Vaccination in Bombay 1889-1901 - 1889-1901
Year: 1889
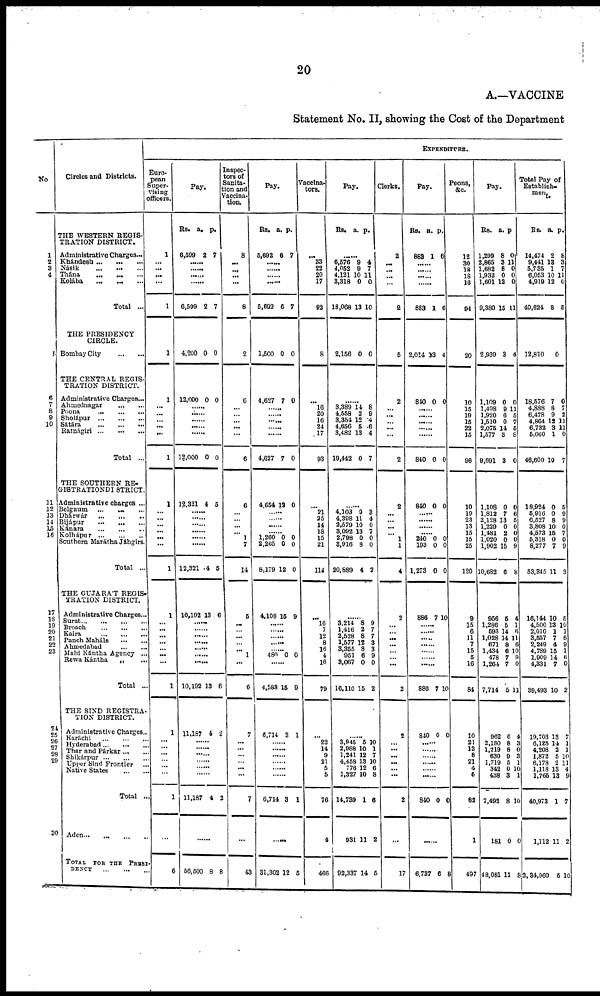
20
A.—VACCINE
Statement No. II, showing the Cost of the Department
No
1
2
3
4
F.
6
7
8
9
10
11
12
13
14
15
16
17
18
10
20
21
22
23
24
25
26
27
28
29
30
Circles and Districts.
THE WESTERN REGIS-
TRATION DISTRICT.
Administrative Charges...
Khándesh
...
...
...
Násik
...
...
...
Thána
...
...
...
Kolába ... ... ...
Total ...
THE PRESIDENCY
CIRCLE.
Bombay City
...
...
THE CENTRAL REGIS-
TRATION DISTRICT.
Administrative Charges...
Ahmednagar
...
...
Poona
...
...
...
Sholápur
...
...
...
Sátára
...
...
...
Ratnágiri
...
...
...
Total ...
THE SOUTHERN RE¬
GISTRATION DISTRICT.
Administrative charges ...
Belgaum
...
... ...
Dhárwár
...
...
...
Bijápur
...
...
...
Kánara
...
...
...
Kolhápur
...
...
...
Southern Marátha Jáhgirs.
Total ...
THE GUJARÁT REGIS-
TRATION DISTRICT.
Administrative Charges...
Surat
...
...
...
...
Broach
...
...
...
Kaira
...
...
...
Panch Maháls
...
...
Ahmedabad
...
...
Mahi Kántha Agency ...
Rewa Kántha
„
...
Total ...
THE SIND REGISTRA-
TION DISTRICT.
Administrative Charges..
Karáchi
...
...
...
Hyderabad
...
...
...
Thar and Párkar
...
...
Shikárpur ... ... ...
Upper Sind Frontier
...
Native States
...
...
Total ...
Aden
...
...
...
...
TOTAL FOR THE PRESI¬
DENCY
...
...
...
EXPENDITURE.
Euro-
pean
Super-
vising
officers.
1
... ...
...
...
1
1
1
... ...
...
...
...
1
1
...
...
...
...
...
...
1
1
...
...
...
...
...
...
...
1
1
...
...
...
...
...
...
1
...
6
Pay.
Rs. a. p.
6,599 2 7
......
...... ......
.
6,599 2 7
4,200 0 0
12,000 0 0
.
...... ......
......
......
12,000 0 0
12,321 4 5
......
......
......
......
......
12,321 4 5
10,192 13 6
......
......
......
......
......
......
......
10,192 13 6
11,187 4 2
......
......
......
......
......
......
11,187 4 2
......
56,500 8 8
Inspec-
tors of
Sanita-
tion and
Vaccina-
tion.
8
...
... ...
...
8
2
6
...
... ...
...
...
6
6
...
...
...
...
1
7
14
6
...
...
...
...
...
1
...
6
7
...
...
...
...
...
...
7
...
43
Pay.
Rs. a. p.
5,692 6 7
...... .
...... ......
5,692 6 7
1,500 0 0
4,627 7 0
......
...... ......
......
......
4,627 7 0
4,654 12 0
......
......
......
1,260
2,265
8,179
0
0
12
0
0
0
4,108 15 9
......
......
......
......
......
480 0 0
......
4,588 15 9
6,714 3 1
......
......
......
......
......
......
6,714 3 1
......
31,302 12 5
Vaccina¬
tors.
...
33
22
20
17
92
8
...
16
20
16
24
17
93
...
21
25
14
18
15
21
114
...
16
7
12
8
16
4
16
79
...
22
14
9
21
5
5
76
4
466
Pay.
Rs. a. p.
......
6,576
4,052
4,121
3,318
18,068
9
9
10
0
13
4
7
11
0
10
2,156 0 0
......
3,389
4,558
3,354
4,656
3,482
19,442
14
2
12
5
13
0
8
9
4
6
4
7
......
4,103
4,398
2,579
3,092
2,798
3,916
20,889
9
11
10
13
0
8
4
3
4
0
7
0
0
2
......
3,214
1,416
2,528
1,577
3,355
951
3,067
16,110
8
2
8
12
3
6
0
15
9
7
7
3
3
9
0
2
......
3,945
2,988
1,241
4,458
776
1,327
14,739
931
92,337
5
10
12
13
12
10
1
11
14
10
1
7
10
6
8
6
2
5
Clerks.
2
... ...
...
...
2
6
2
...
... ...
...
...
2
2
...
...
...
...
1
1
4
2
...
...
...
...
...
...
...
2
2
...
...
...
...
...
...
2
...
17
Pay.
Rs. a. p.
883 1 6
......
......
......
......
883 1 6
2,014 13 4
840 0 0
......
...... ......
......
......
840 0 0
840 0 0
......
......
......
......
240
193
1,273
0
0
0
0
0
0
886 7 10
......
......
......
......
......
......
......
886 7 10
840 0 0
......
......
......
......
......
......
840 0 0
......
6,737 6 8
Peons,
&c.
12
30
18
18
16
94
20
10
15
19
15
22
15
96
10
19
23
13
15
15
25
120
9
15
6
11
7
15
6
16
84
10
21
13
8
21
4
6
82
1
497
Pay.
Rs.
1,299
2,865
1,682
1,932
1,601
9,380
a.
8
3
8
0
12
15
p
0
11 0
0
0
11
2,939 3 4
1,109
1,498
1,920
1,510
2,075
1,577
9,691
0
9
6
0
14
3
3
0
11 5
7
5
8
0
1,108
1,812
2,128
1,229
1,481
1,020
1,902
10,682
0
7
13
0
2
0
15
6
0
6
5
0
0
0
9
8
956
1,286
593
1,028
671
1,434
478
1,264
7,714
5
5
14
14
8
6
7
7
5
4
1
6
11
6
10
9
0
11
962
2,180
1,219
630
1,719
342
438
7,492
181
48,081
6
8
8
9
5
0
3
8
0
11
4
3
0
3
1
10
1
10
0
8
Total Pay of
Establish¬
ment.
Rs.
14,474
9,441
5,735
6,053
4,919
40,624
a.
2
13
1
10
12
8
p.
8
3
7
11
0
5
12,810
0
18,576
4,888
6,478
4,864
6,732
5,060
46,600
7
8
9
12
3
1
10
0
7
2
11
11
0
7
18,924
5,916
6,527
3,808
4,573
5,318
8,277
53,345
0
0
8
10
15
0
7
11
5
9
9
0
7
0
9
3
16,144
4,500
2,010
3,657
2,249
4,789
1,909
4,331
39,493
10
13 1
7
4
15
14
7
10
5
10
1
6
9
1
6
0
2
19,703
6,125
4,208
1,872
6,178
1,118
1,765
40,973
1,112
2,34,960
13
14
2
5
2 13
13
1
11
5
7
1
1
10
11
4
9
7
2
10